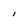
Character: l